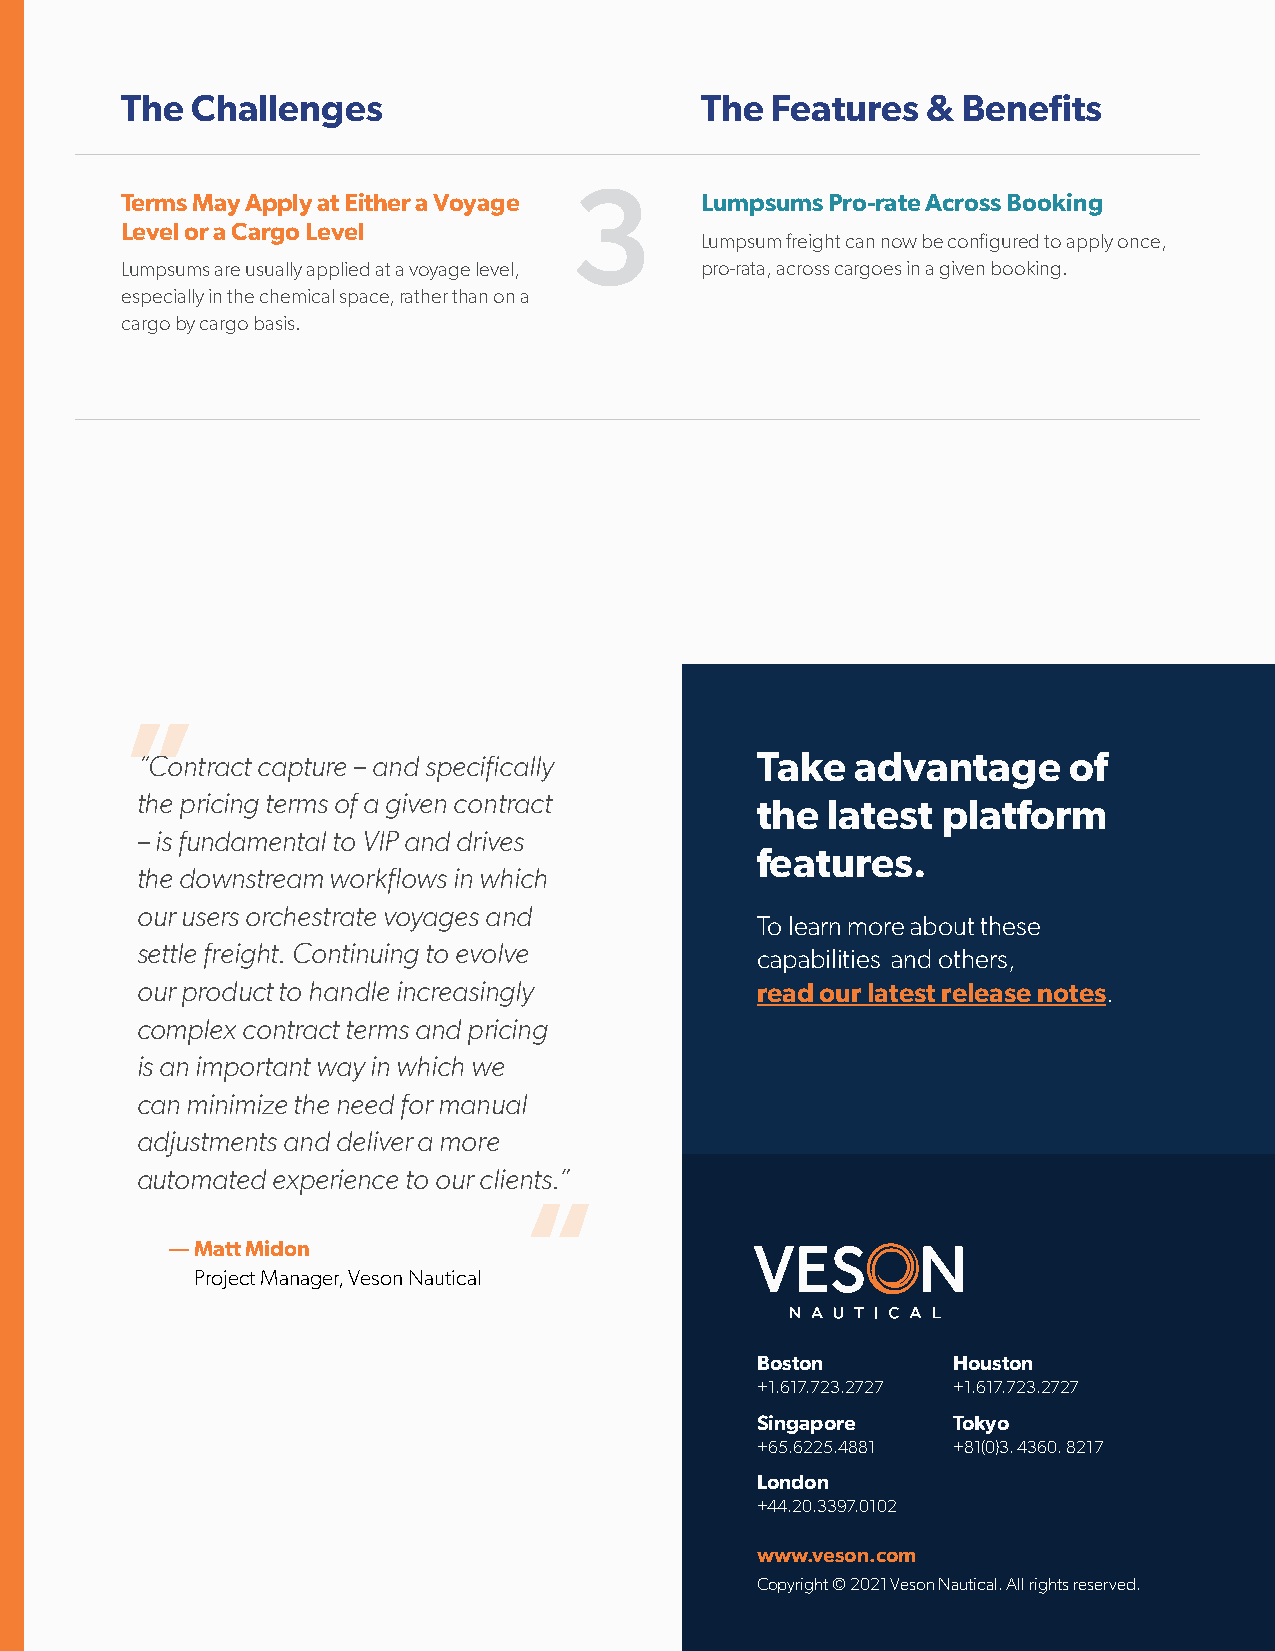
The  Challenges                       The  Features  &  Benefits
 3
 Terms May Apply at Either a Voyage    Lumpsums Pro-rate Across Booking
 Level or a Cargo Level
 Lumpsum freight can now be configured to apply once,
 Lumpsums are usually applied at a voyage level, pro-rata, across cargoes in a given booking.
 especially in the chemical space, rather than on a
 cargo by cargo basis.
 “
 “Contract capture – and specifically     Take   advantage     of
 the pricing terms of a given contract    the  latest platform
 – is fundamental to VIP and drives
 features.
 the downstream workflows in which
 our users orchestrate voyages and
 To learn more about these
 settle freight. Continuing to evolve
 capabilities and others,
 our product to handle increasingly       read our latest release notes.
 complex contract terms and pricing
 is an important way in which we
 can minimize the need for manual
 adjustments and deliver a more
 automated experience to our clients.”
 “
 — Matt Midon
 Project Manager, Veson Nautical
 Boston       Houston
 +1.617.723.2727 +1.617.723.2727
 Singapore    Tokyo
 +65.6225.4881 +81(0)3. 4360. 8217
 London
 +44.20.3397.0102
 www.veson.com
 Copyright © 2021 Veson Nautical. All rights reserved.